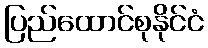
ပြည်ထောင်စုနိုင်ငံ